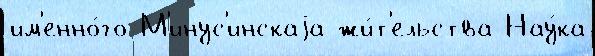
им'енно́го М'инус'инскаjа жи́т'ельства Нау́ка